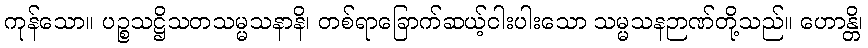
ကုန်သော။ ပဉ္စသဋ္ဌိသတသမ္မသနာနိ၊ တစ်ရာခြောက်ဆယ့်ငါးပါးသော သမ္မသနဉာဏ်တို့သည်။ ဟောန္တိ၊